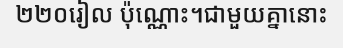
២២០រៀល ប៉ុណ្ណោះ។ជាមួយគ្នានោះ